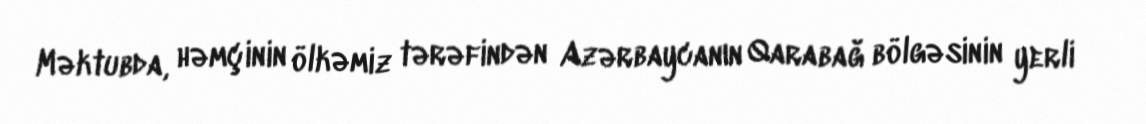
Məktubda, həmçinin ölkəmiz tərəfindən Azərbaycanın Qarabağ bölgəsinin yerli